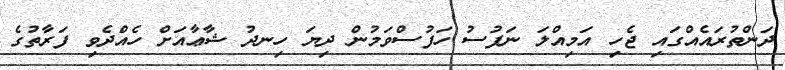
ދަންތުރައެއްގައި ޖެހި އަމިއްލަ ނަފުސު ހަފުސްވަމުން ދިޔަ ހިނދު ޝާޢާއަށް ހެއްދެވި ފަރާތުގެ